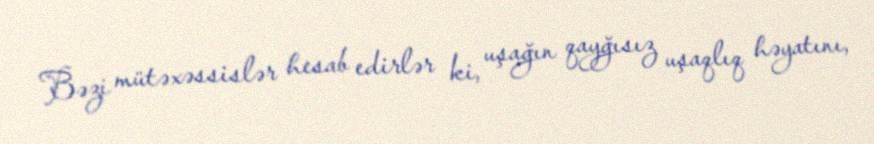
Bəzi mütəxəssislər hesab edirlər ki, uşağın qayğısız uşaqlıq həyatını,